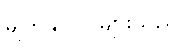
မျက်နှာပြင်များသည်